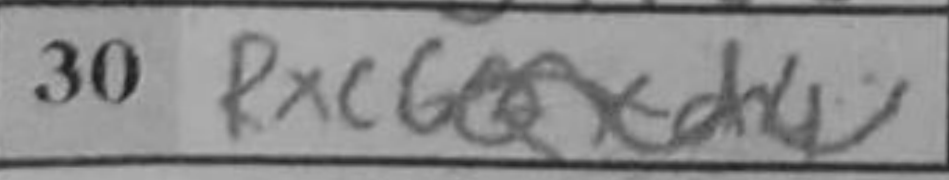
Transcription: Rxc6